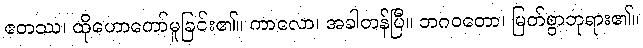
ဧတဿ၊ ထိုဟောတော်မူခြင်း၏။ ကာလော၊ အခါတန်ပြီ။ ဘဂဝတော၊ မြတ်စွာဘုရား၏။